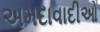
અમદાવાદીઓ